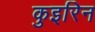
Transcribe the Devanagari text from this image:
कुइरिन